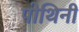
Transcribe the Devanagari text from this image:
पोथिनी